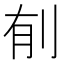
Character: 𮰌